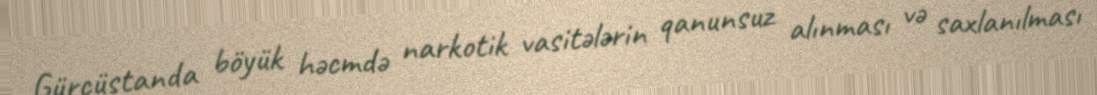
Gürcüstanda böyük həcmdə narkotik vasitələrin qanunsuz alınması və saxlanılması